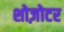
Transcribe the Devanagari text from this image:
शोज़ोटर